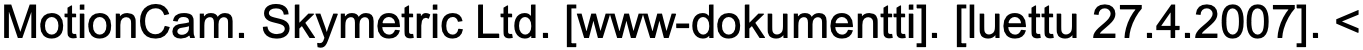
MotionCam. Skymetric Ltd. [www-dokumentti]. [luettu 27.4.2007]. <